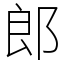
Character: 郎